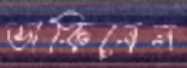
ডাকিবেন